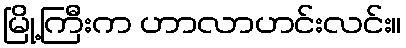
မြို့ကြီးက ဟာလာဟင်းလင်း။